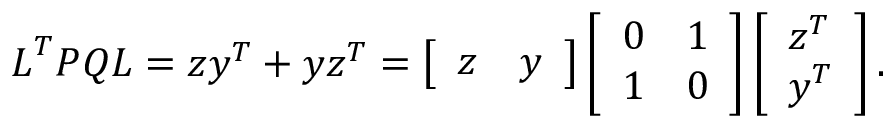
\boldsymbol { L } ^ { T } \boldsymbol { P } \boldsymbol { Q } \boldsymbol { L } = \boldsymbol { z } \boldsymbol { y } ^ { T } + \boldsymbol { y } \boldsymbol { z } ^ { T } = \left[ \begin{array} { l l } { \boldsymbol { z } } & { \boldsymbol { y } } \end{array} \right] \left[ \begin{array} { l l } { 0 } & { 1 } \\ { 1 } & { 0 } \end{array} \right] \left[ \begin{array} { l } { \boldsymbol { z } ^ { T } } \\ { \boldsymbol { y } ^ { T } } \end{array} \right] .